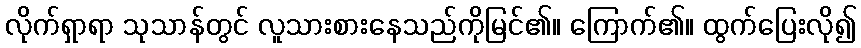
လိုက်ရှာရာ သုသာန်တွင် လူသားစားနေသည်ကိုမြင်၏။ ကြောက်၏။ ထွက်ပြေးလို၍